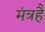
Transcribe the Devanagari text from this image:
मंत्रहै